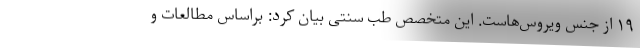
۱۹ از جنس ویروس‌هاست. این متخصص طب سنتی بیان کرد: براساس مطالعات و